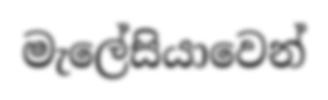
මැලේසියාවෙන්